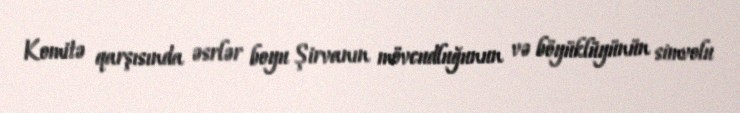
Komitə qarşısında əsrlər boyu Şirvanın mövcudluğunun və böyüklüyünün simvolu